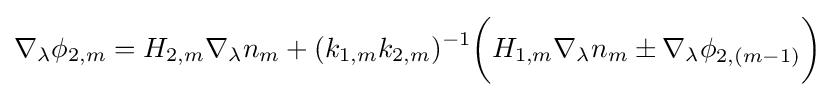
\nabla _{\lambda }\phi _{2,m}=H_{2,m}\nabla _{\lambda }n_{m}+(k_{1,m}k_{2,m})^{-1}{\bigg (}H_{1,m}\nabla _{\lambda }n_{m}\pm \nabla _{\lambda }\phi _{2,(m-1)}{\bigg )}